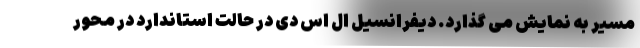
مسیر به نمایش می گذارد. دیفرانسیل ال اس دی در حالت استاندارد در محور